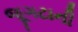
જૂગટાની